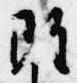
雖